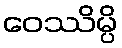
ဝေဿိမ္ပိ